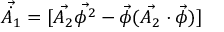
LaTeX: \vec { \dot { A _ { 1 } } } = [ \vec { A _ { 2 } } \vec { \phi ^ { 2 } } - \vec { \phi } ( \vec { A _ { 2 } } \cdot \vec { \phi } ) ]